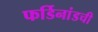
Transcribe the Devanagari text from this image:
फर्डिनांडची